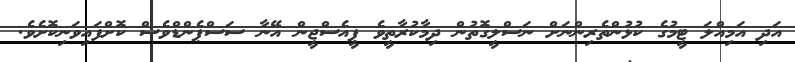
އަދި އަމިއްލަ ޓީމުގެ ކުޅުންތެރިންނަށް ނަސްލީގޮތުން ދިމާކުރާތީވެ ޕީއެސްޖީން އޭނާ ސަސްޕެންޑްވެސް ކޮށްފައިވަނިކޮށެވެ.